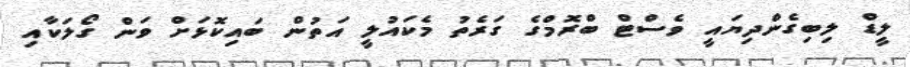
ލީޑް ލިބިގެންދިޔައީ ވެސްޓް ބްރޮމްގެ ގަރެތު މެކައުލީ އަތުން ބައިކޮޅަށް ވަން ގޯލަކާއި